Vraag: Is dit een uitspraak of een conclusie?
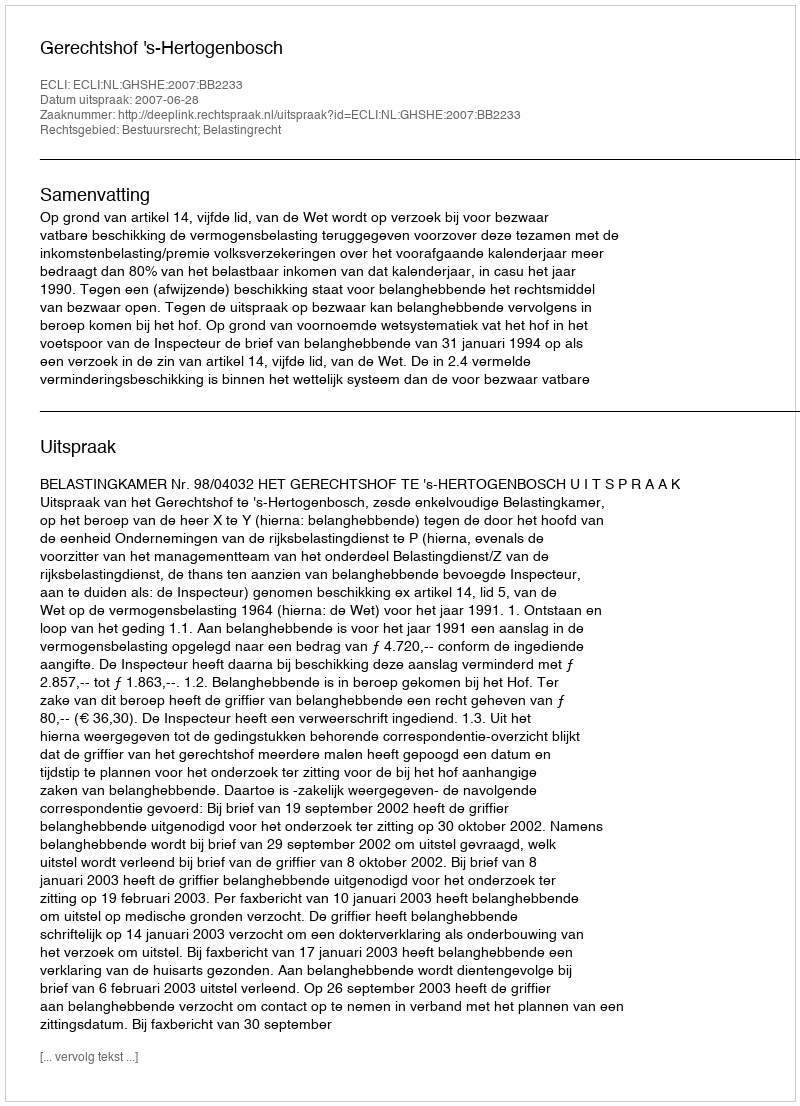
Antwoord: Uitspraak